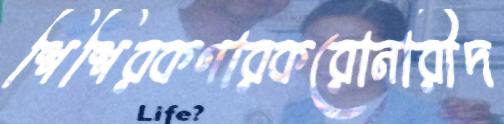
শিশিরকণারকরোনারীদ